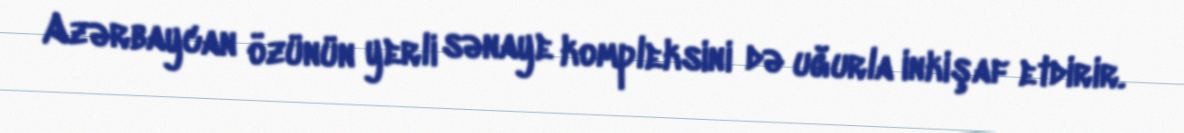
Azərbaycan özünün yerli sənaye kompleksini də uğurla inkişaf etdirir.